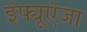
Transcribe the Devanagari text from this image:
इंफ्यूएंजा